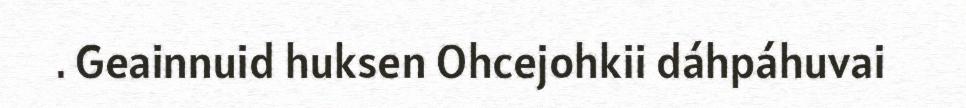
. Geainnuid huksen Ohcejohkii dáhpáhuvai